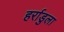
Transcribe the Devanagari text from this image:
हर्राडुला